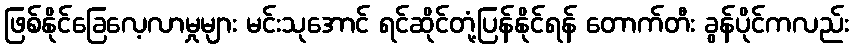
ဖြစ်နိုင်ခြေလေ့လာမှုများ မင်းသုအောင် ရင်ဆိုင်တုံ့ပြန်နိုင်ရန် တောက်တီး ခွန်ပိုင်ကလည်း